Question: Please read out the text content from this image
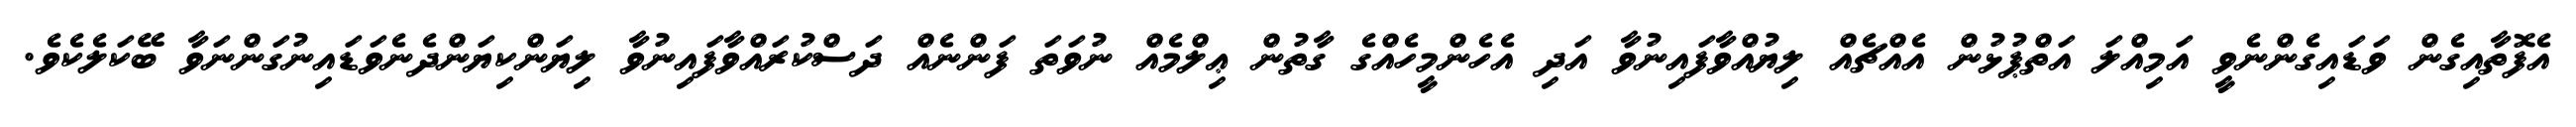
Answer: އެފޮތާއިގެން ވަޑައިގެންނެވީ އަމިއްލަ އަތްޕުޅުން އެއްޗެއް ލިޔުއްވާފައިނުވާ އަދި އެހެންމީހެއްގެ ގާތުން ޢިލްމެއް ނުވަތަ ފަންނެއް ދަސްކުރައްވާފައިނުވާ ލިޔަންކިޔަންދެނެވަޑައިނުގަންނަވާ ބޭކަލެކެވެ.